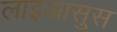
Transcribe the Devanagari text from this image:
लाइआसुस